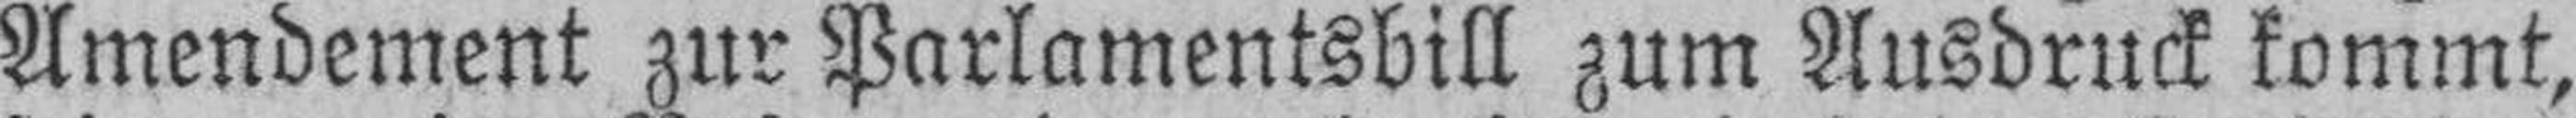
Amendement zur Parlamentsbill zum Ausdruck kommt,